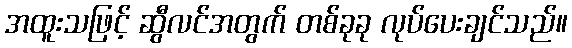
အထူးသဖြင့် ဆွီလင်အတွက် တစ်ခုခု လုပ်ပေးချင်သည်။